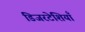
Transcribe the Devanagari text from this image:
डिजरटेशियाँ